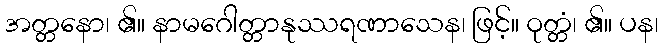
အတ္တနော၊ ၏။ နာမဂေါတ္တာနုဿရဏာသေန၊ ဖြင့်။ ဝုတ္တံ၊ ၏။ ပန၊